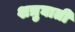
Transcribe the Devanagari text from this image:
शत्रुघाती